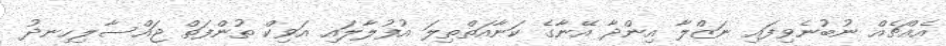
އެއްޗެއް ނުބުނެވިފައި ނަޒްލާ އިންދާ އޭނާގެ ކަނާއަތްތިލަ އުފުލާލައި އަވިކް ތުންފަތް ޖައްސާލިހިނދު